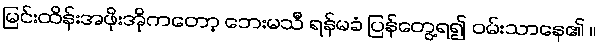
မြင်းထိန်းအဖိုးအိုကတော့ ဘေးမသီ ရန်မခံ ပြန်တွေ့ရ၍ ဝမ်းသာနေ၏ ။